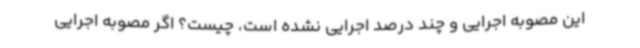
این مصوبه اجرایی و چند درصد اجرایی نشده است، چیست؟ اگر مصوبه اجرایی